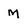
Character: M